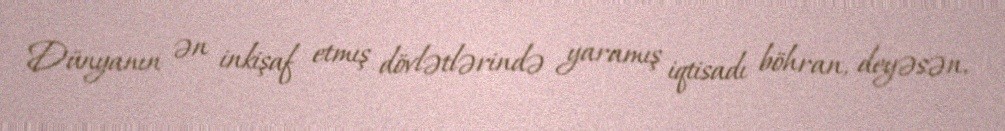
Dünyanın ən inkişaf etmış dövlətlərində yaramış iqtisadı böhran, deyəsən,